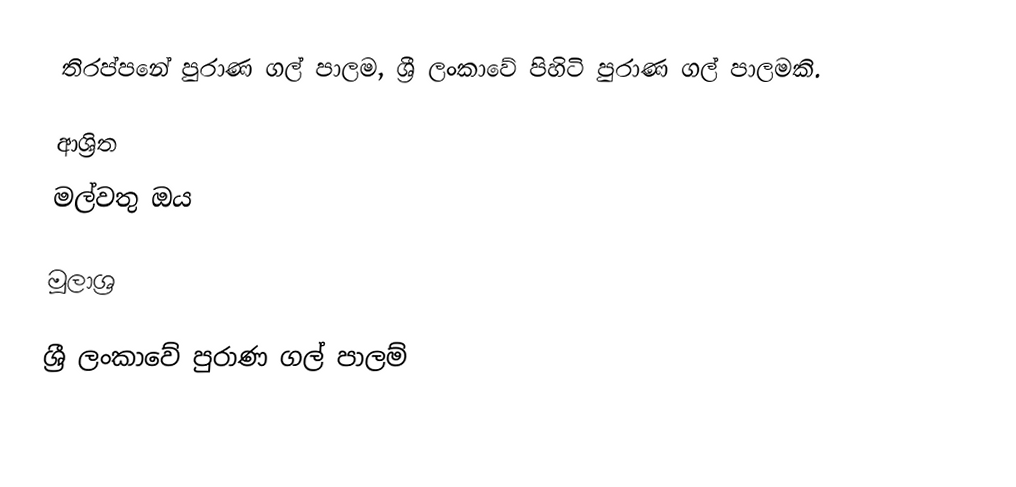
තිරප්පනේ පුරාණ ගල් පාලම, ශ්‍රී ලංකාවේ පිහිටි පුරාණ ගල් පාලමකි.

ආශ්‍රිත
 මල්වතු ඔය

මූලාශ්‍ර

ශ්‍රී ලංකාවේ පුරාණ ගල් පාලම්